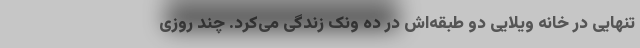
تنهایی در خانه ویلایی دو طبقه‌اش در ده ونک زندگی می‌کرد. چند روزی